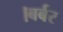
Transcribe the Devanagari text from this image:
।बर्बर